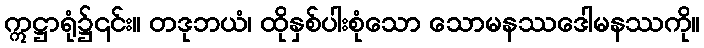
ဣဋ္ဌာရုံ၌၎င်း။ တဒုဘယံ၊ ထိုနှစ်ပါးစုံသော သောမနဿဒေါမနဿကို။